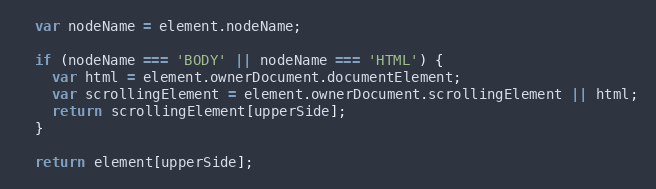
Language: JavaScript
  var nodeName = element.nodeName;

  if (nodeName === 'BODY' || nodeName === 'HTML') {
    var html = element.ownerDocument.documentElement;
    var scrollingElement = element.ownerDocument.scrollingElement || html;
    return scrollingElement[upperSide];
  }

  return element[upperSide];